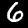
Label: 6